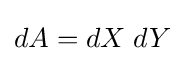
dA=dX\;dY